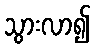
သွားလာ၍